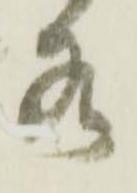
水